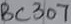
Text: BC307